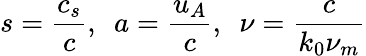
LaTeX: s=\frac{c_{s}}{c},\, \, \, a=\frac{u_{A}}{c},\, \, \, \nu=\frac{c}{k_{0}\nu_{m}}